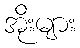
အိုးများ